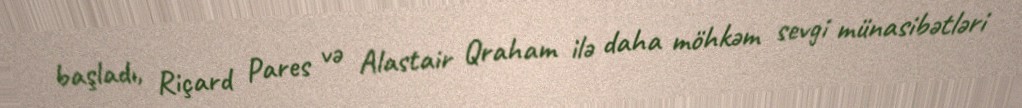
başladı, Riçard Pares və Alastair Qraham ilə daha möhkəm sevgi münasibətləri